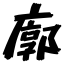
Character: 廓